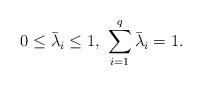
LaTeX: \begin{align*} 0 \leq \bar \lambda_i \leq 1, \ \sum_{i=1}^{q} \bar \lambda_i=1.\end{align*}